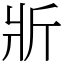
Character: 斨